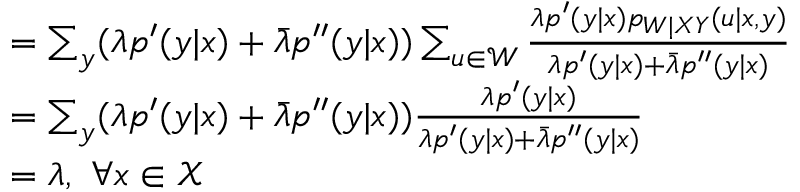
\begin{array} { r l } & { = \sum _ { y } ( \lambda p ^ { \prime } ( y | x ) + \bar { \lambda } p ^ { \prime \prime } ( y | x ) ) \sum _ { u \in \mathcal { W } } \frac { \lambda p ^ { \prime } ( y | x ) p _ { W | X Y } ( u | x , y ) } { \lambda p ^ { \prime } ( y | x ) + \bar { \lambda } p ^ { \prime \prime } ( y | x ) } } \\ & { = \sum _ { y } ( \lambda p ^ { \prime } ( y | x ) + \bar { \lambda } p ^ { \prime \prime } ( y | x ) ) \frac { \lambda p ^ { \prime } ( y | x ) } { \lambda p ^ { \prime } ( y | x ) + \bar { \lambda } p ^ { \prime \prime } ( y | x ) } } \\ & { = \lambda , \ \forall x \in \mathcal { X } } \end{array}